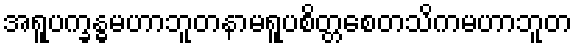
အရူပက္ခန္ဓမဟာဘူတနာမရူပစိတ္တစေတသိကမဟာဘူတ